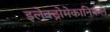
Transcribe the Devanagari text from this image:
इलेक्ट्रोमेकानिकल